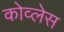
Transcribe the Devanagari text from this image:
कोव्लेस